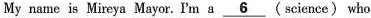
My name is Mireya Mayor.I'm a \underline{6} (science) who